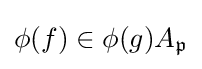
\phi (f)\in \phi (g)A_{\mathfrak {p}}